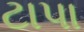
ટાપા